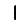
Digit: 1